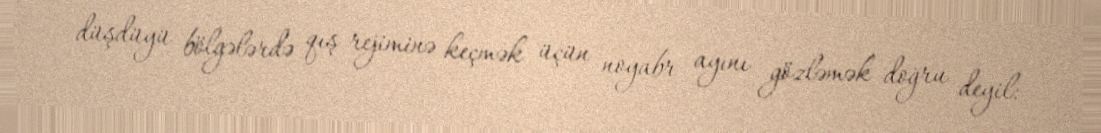
düşdüyü bölgələrdə qış rejiminə keçmək üçün noyabr ayını gözləmək doğru deyil: